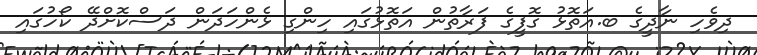
ދިވެހި ނާދީގެ ބ.އަތޮޅު ގޮފީގެ ފަރާތުން އަތޮޅުގައި ހިންގި ޅެންހަދަން ދަސްކޮށްދޭ ކޯހުގައި